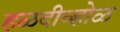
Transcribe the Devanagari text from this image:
हळदीव्होळ